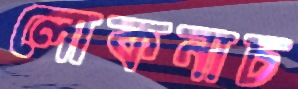
লোকনাচ